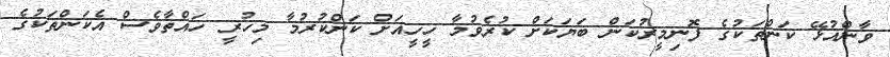
ވާންއުޅޭ ކަންތަކުގެ ފޮނިމީރުކަން ބަޔަކަށް ކުރެވުމާ ހީހީއަށް ކަންކުރުމާ މިހުރީ ހައްތާވެސް އެކަންތަކުގެ